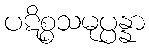
ပဋိစ္စသမုပ္ပန္နာ